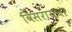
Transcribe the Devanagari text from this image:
विसरायचा